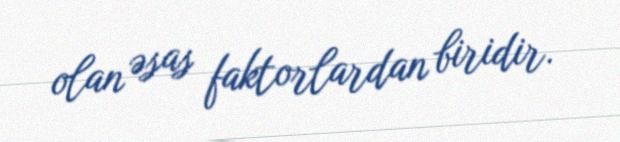
olan əsas faktorlardan biridir.